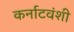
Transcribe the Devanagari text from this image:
कर्नाटवंशी